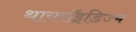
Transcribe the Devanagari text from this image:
थायरॉइडिज्म